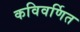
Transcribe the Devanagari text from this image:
कविवर्णित